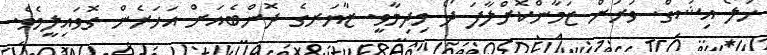
ހަލޯ އިޝަގް. ވަރަށް ޒަމާންކޮށްލާފަ ދޯ މިދިމާވީ. ޒާޔަރގެ ދޮންބެއަށް އަހަރެން ގޮވައިލީމެވެ.